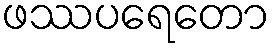
ဖဿပရေတော